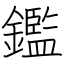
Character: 鑑